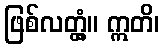
ဖြစ်လတ္တံ့။ ဣတိ၊